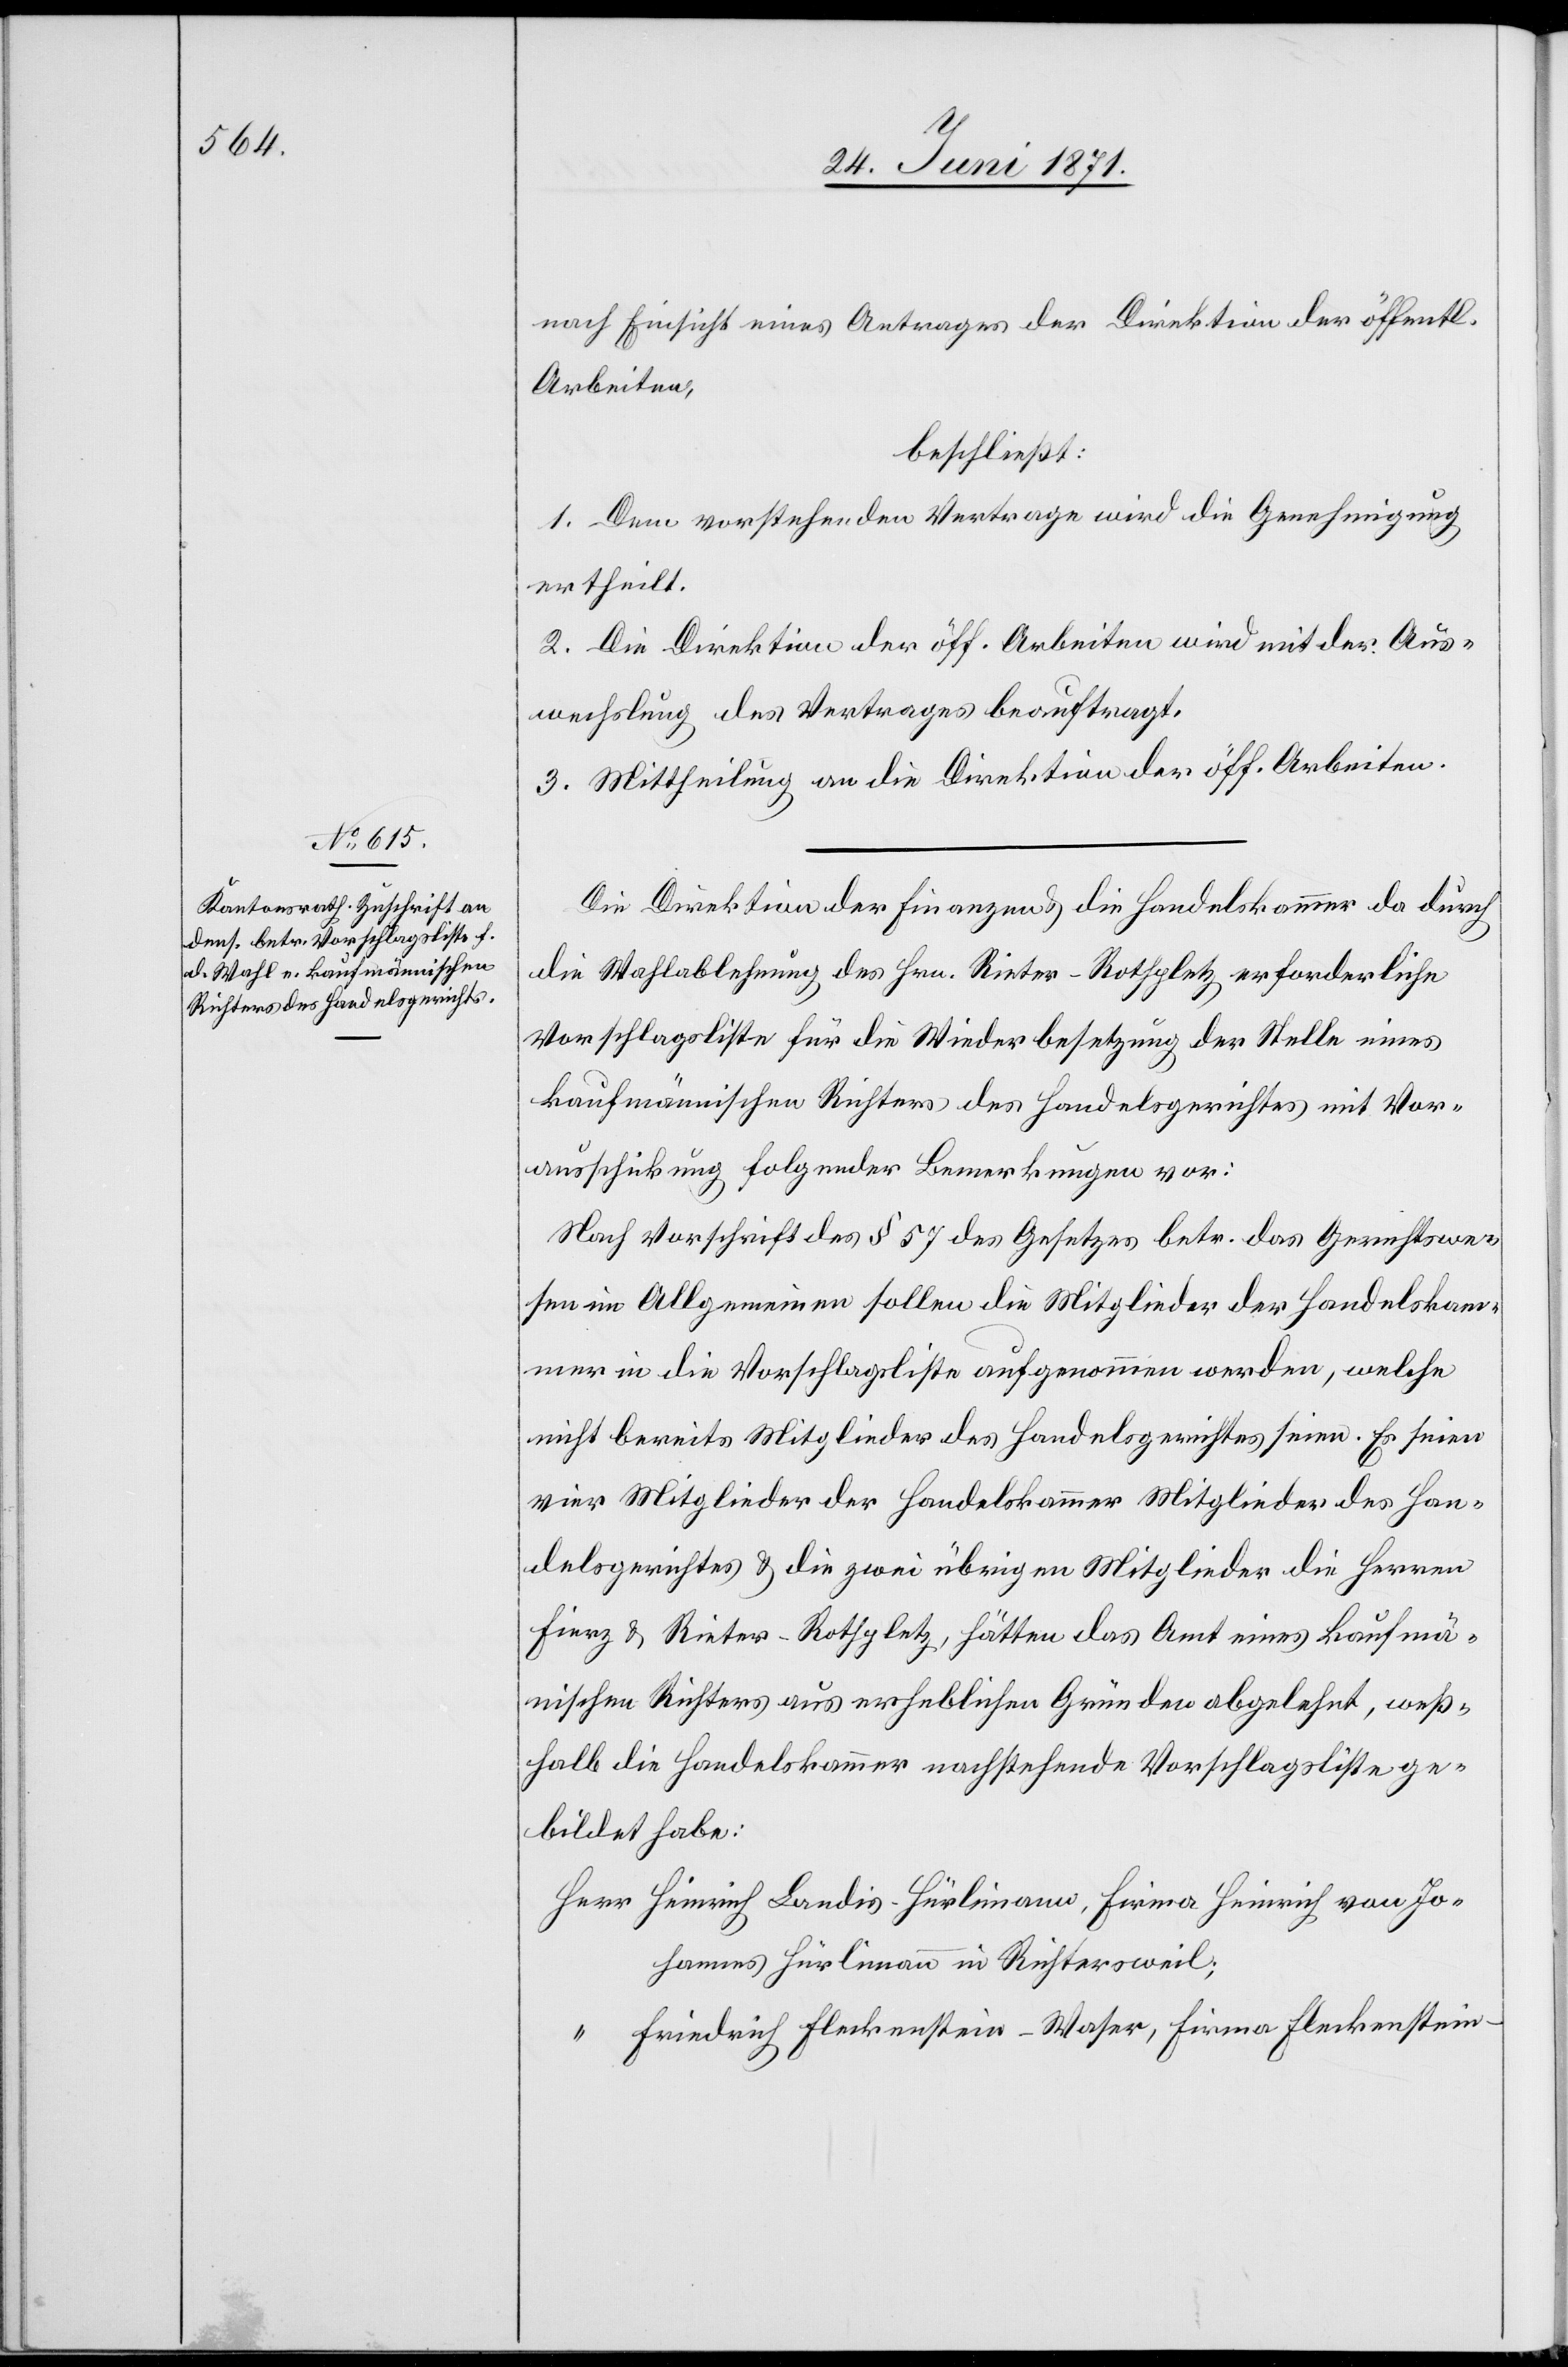
nach Einsicht eines Antrages der Direktion der öffentl.
Arbeiten,
beschließt:
1 Dem vorstehenden Vertrage wird die Genehmigung
ertheilt.
2. Die Direktion der öff. Arbeiten wird mit der Aus¬
wechslung des Vertrages beauftragt.
3. Mittheilung an die Direktion der öff. Arbeiten.
Die Direktion der Finanzen u. die Handelskammer da durch
die Wahlablehnung des Hrn. Reiter-Rothpletz erforderliche
Vorschlagsliste für die Wiederbesetzung der Stelle eines
kaufmännischen Richters des Handelsgerichtes mit Vor¬
ausschickung folgender Bemerkungen vor
Nach Vorschrift des § 57 des Gesetzes betr. das Gerichtswe¬
sen im Allgemeinen sollen die Mitglieder der Handelskam¬
mer in die Vorschlagsliste aufgenommen werden, welche
nicht bereits Mitglieder des Handelsgerichtes seien. Es seien
vier Mitglieder der Handelskammer Mitglieder des Han¬
delsgerichtes u. die zwei übrigen Mitglieder die Herren
Fierz u. Rieter-Rothpletz, hätten das Amt eines kaufmän¬
nischen Richters aus erheblichen Gründen abgelehnt, weß¬
halb die Handelskammer nachstehende Vorschlagsliste ge¬
bildet habe:
Herr Heinrich Landis-Hürlimann, Firma Heinrich von Jo¬
hannes Hürlimann in Richterweil;
“ Friedrich Fleckenstein-Waser, Firma Fleckenstein-